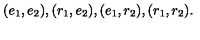
( e _ { 1 } , e _ { 2 } ) , ( r _ { 1 } , e _ { 2 } ) , ( e _ { 1 } , r _ { 2 } ) , { } ( r _ { 1 } , r _ { 2 } ) .